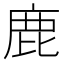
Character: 鹿